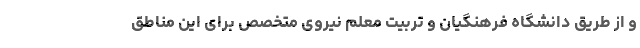
و از طریق دانشگاه فرهنگیان و تربیت معلم نیروی متخصص برای این مناطق